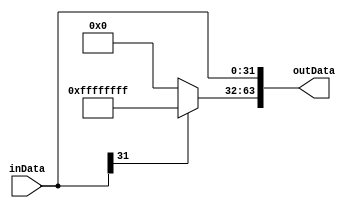

module BITEXPAND(
	input [31:0] inData,
	output [63:0] outData
);

	/*
	* module to expand a 2's complement data from 32bits to 64bits
	* input:
		* 32 bit data input
	* output:
		* 64 bit sign preserved data
	*/

	assign outData[31:0] = inData[31:0];
	assign outData[63:32] = inData[31] ? 32'hFFFFFFFF : 32'h00000000;

endmodule